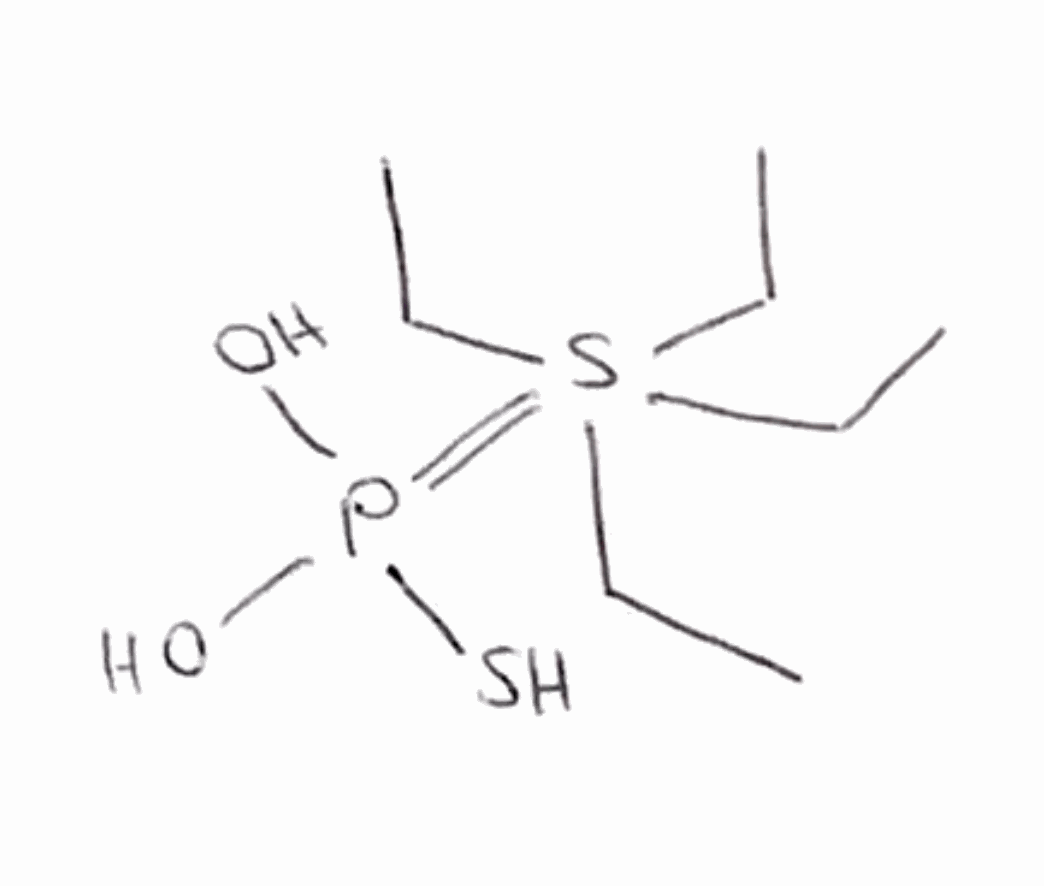
Simplified molecular-input line-entry system (SMILES) notation of the given molecule:
CCS(=P(O)(O)S)(CC)(CC)CC